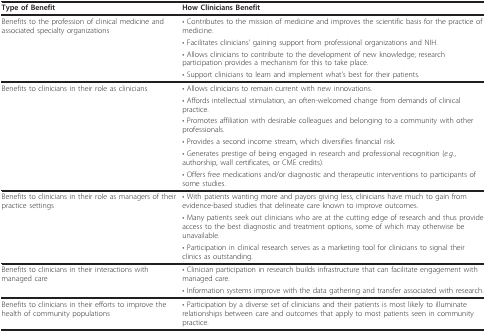
| Type of Benefit | How Clinicians Benefit |
 | --- | --- |
 | Benefits to the profession of clinical medicine and associated specialty organizations | • Contributes to the mission of medicine and improves the scientific basis for the practice of medicine. |
 |  | • Facilitates clinicians' gaining support from professional organizations and NIH. |
 |  | • Allows clinicians to contribute to the development of new knowledge; research participation provides a mechanism for this to take place. |
 |  | • Support clinicians to learn and implement what's best for their patients. |
 | Benefits to clinicians in their role as clinicians | • Allows clinicians to remain current with new innovations. |
 |  | • Affords intellectual stimulation, an often-welcomed change from demands of clinical practice. |
 |  | • Promotes affiliation with desirable colleagues and belonging to a community with other professionals. |
 |  | • Provides a second income stream, which diversifies financial risk. |
 |  | • Generates prestige of being engaged in research and professional recognition (e.g., authorship, wall certificates, or CME credits). |
 |  | • Offers free medications and/or diagnostic and therapeutic interventions to participants of some studies. |
 | Benefits to clinicians in their role as managers of their practice settings | • With patients wanting more and payors giving less, clinicians have much to gain from evidence-based studies that delineate care known to improve outcomes. |
 |  | • Many patients seek out clinicians who are at the cutting edge of research and thus provide access to the best diagnostic and treatment options, some of which may otherwise be unavailable. |
 |  | • Participation in clinical research serves as a marketing tool for clinicians to signal their clinics as outstanding. |
 | Benefits to clinicians in their interactions with managed care | • Clinician participation in research builds infrastructure that can facilitate engagement with managed care. |
 |  | • Information systems improve with the data gathering and transfer associated with research. |
 | Benefits to clinicians in their efforts to improve the health of community populations | • Participation by a diverse set of clinicians and their patients is most likely to illuminate relationships between care and outcomes that apply to most patients seen in community practice. |